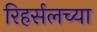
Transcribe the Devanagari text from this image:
रिहर्सलच्या